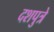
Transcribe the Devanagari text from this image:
दशपुत्रे